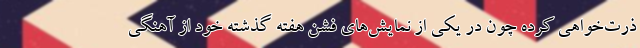
ذرت‌خواهی کرده چون در یکی از نمایش‌های فشن هفته گذشته خود از آهنگی